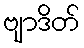
ဗျာဒိတ်